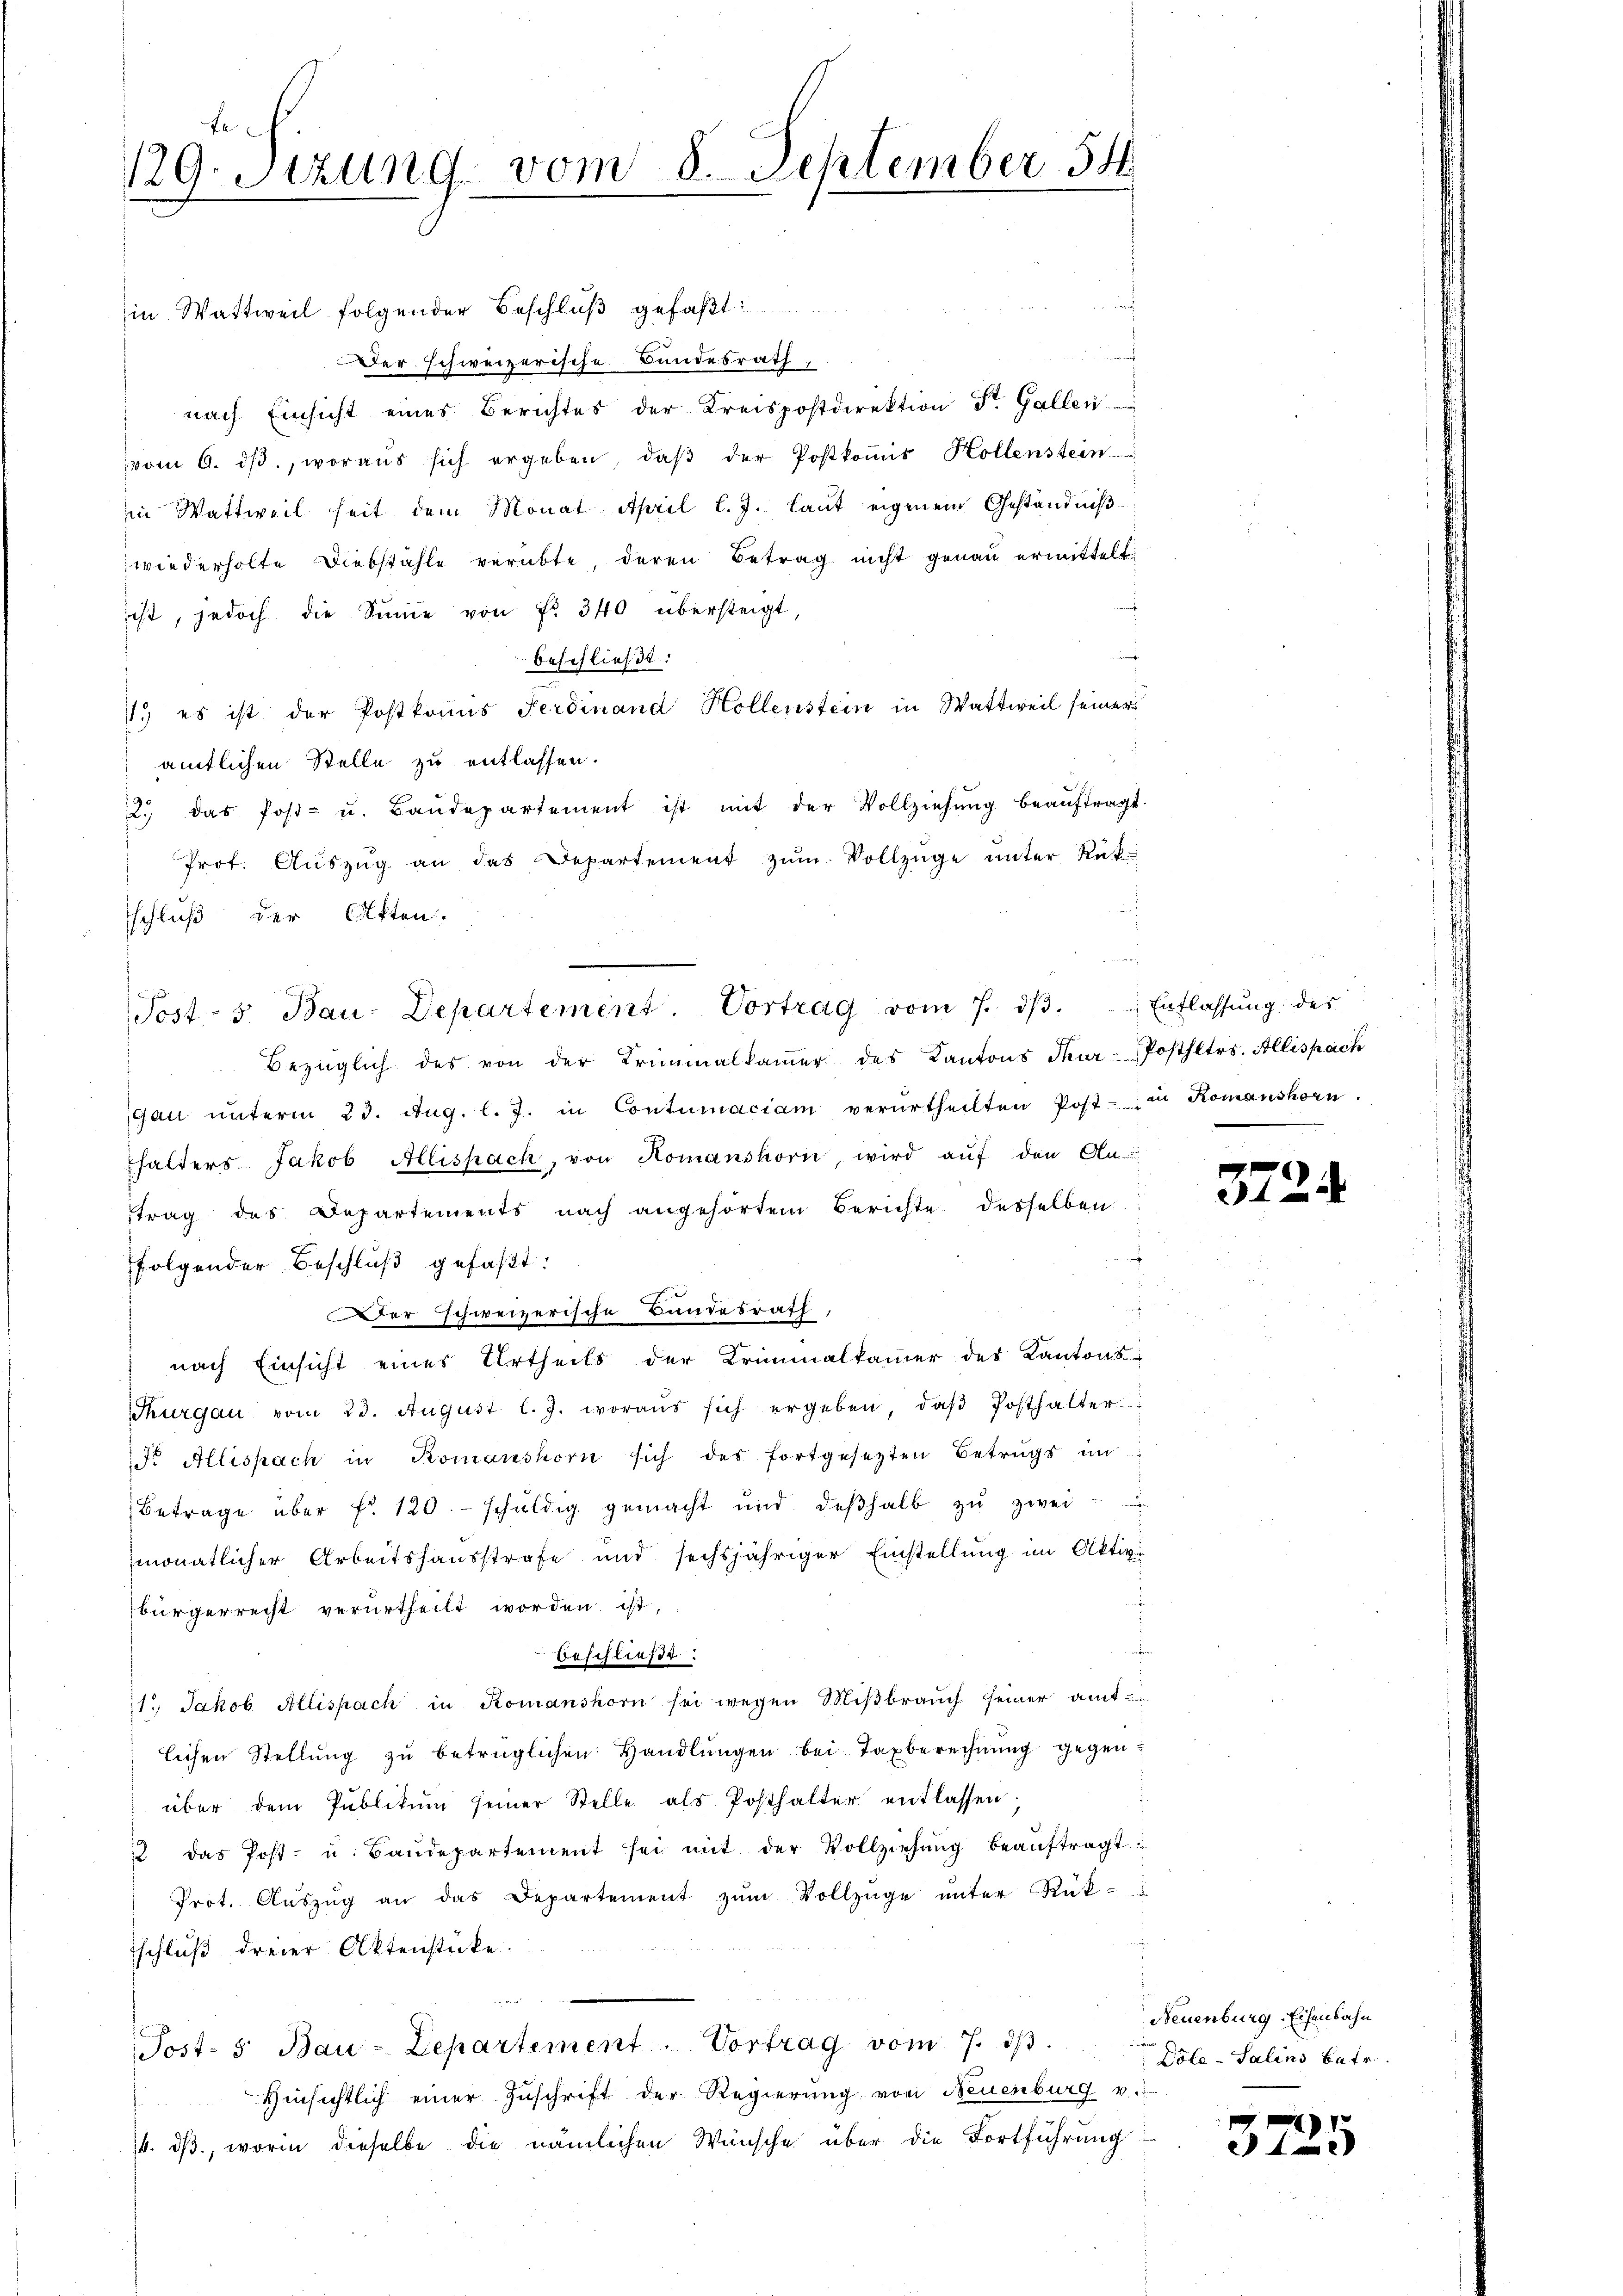
fe
129. Sitzung vom 8. September 54.

in Wattweil folgender Beschluß gefaßt
Der schweizerische Bundesrath,
nach Einsicht eines Berichtes der Kreispostdirektion St. Gallen.
vom 6. dβ. woraus sich ergeben, daβ der Postkoṁis Hollenstein
in Wattweil seit dem Monat April l. J. laut eigenem Geständnißwiederholte Diebstähle verübte, deren Betrag nicht genau ermittelt
ist, jedoch die Sŭṁe von Fr. 340 übersteigt,
beschließt:
1. es ist der Postkommis Ferdinand Hollenstein in Wattweil seiner
amtlichen Stelle zu entlassen.
22. das Post- u. Baŭdepartement ist mit der Vollziehŭng beaŭftragt.
Prot. Aŭszŭg an das Departement zŭm Vollzüge ŭnter Rükschluß der Akten.
Bezüglich des von der Criminalkaṁer des Kantons Thur-Posthltes. Allispach
gan ŭnterm 23. Aŭg. l. J. in Contumaciam verurtheilten Post- in Romanshorn.
thalters Jakob Allispach, von Komanshorn, wird aŭf den An
trag des Departements nach angehörtem Berichte desselben
folgender Beschlŭβ gefaßt:
d
Der schweizerische Bundesrath,
nach Einsicht eines Urtheils der Kriminalkammer des Kantons-
Thurgau vom 23. August l. J. woraus sich ergeben, daβ Posthalter
r Allispach in Romanshorn sich des fortgesetzten Betrugs in
Betrage über fr. 120. schŭldig gemacht und deβhalb zŭ zwei
monatlicher Arbeitshausstrafe und sechsjähriger Einstellung im Aktivi
bürgerrecht verurtheilt worden ist,
d
Beschließe
11. Jakob Allispach in Romanshorn sei wegen Mißbrauch seiner amt-
lichen Stellŭng zŭ betrüglichen Handlŭngen bei Taxberechnŭng gegenüber dem Publikum seiner Stelle als Posthalter entlassen,
1 das Post- u. Baŭdepartement sei mit der Vollziehŭng beaŭftragt
Prot. Aŭszŭg an das Departement zŭm Vollzüge ŭnter Rükschluß dreier Aktenstücke.
Post- 5. Bau-Departement. Vortrag vom 7. dβ.
Hinsichtlich einer Zuschrift der Regierung von Neuenburg v.
14. ds., worin dieselbe die nämlichen Wünsche über die Fortführung

Post- 5. Bau-Departement Vortrag vom 7. dβ. Entlassung der

37.

.

Neuenburg-Eisenbahn
Döle - Salins betr.